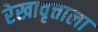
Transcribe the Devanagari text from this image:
रेखावृत्ताला